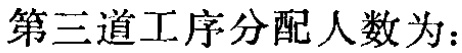
第三道工序分配人数为：